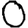
Digit: 0